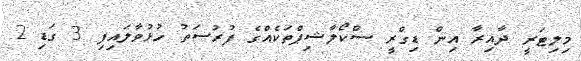
މިލިޓަރީ ދާއިރާ އިން ޑިގްރީ ސްކޯލާޝިޕްތަކެއްގެ ފުރުސަތު ހުޅުވާލައިފި 3 ގަޑި 2